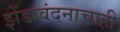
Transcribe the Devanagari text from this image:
झेंडावंदनाचाही